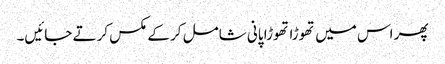
پھر اس میں تھوڑا تھوڑا پانی شامل کر کے مکس کرتے جائیں۔